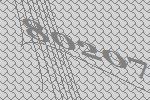
80207